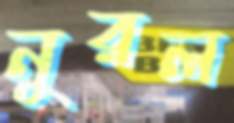
নুরল